Civil Veterinary Dept. North-West Frontier Province 1923-32 - 1923-1932
Year: 1923
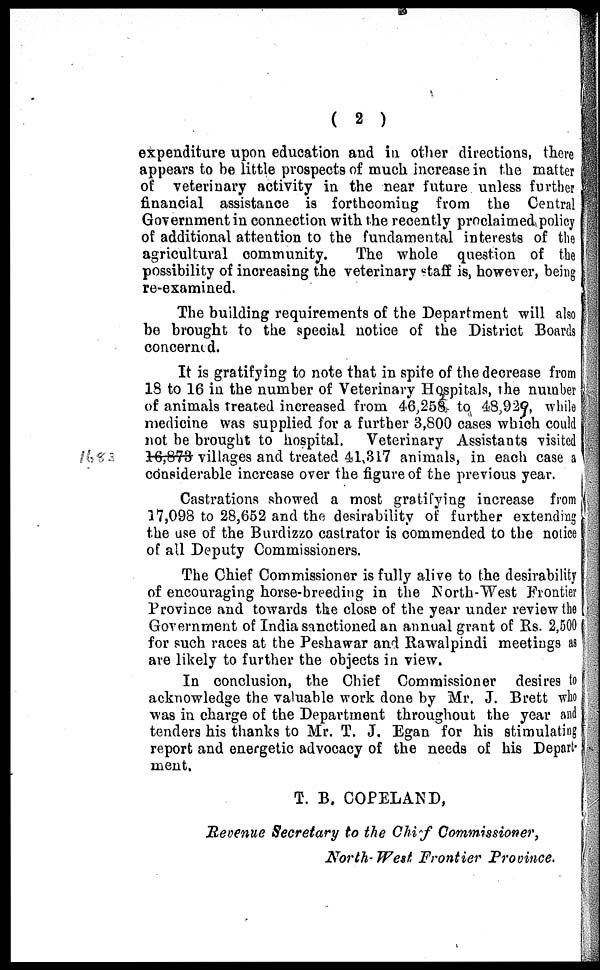
( 2 )
expenditure upon education and in other directions, there
appears to be little prospects of much increase in the matter
of veterinary activity in the near future unless further
financial assistance is forthcoming from the Central
Government in connection with the recently proclaimed policy
of additional attention to the fundamental interests of the
agricultural community.
The whole question of the
possibility of increasing the veterinary staff is, however, being
re-examined.
The building requirements of the Department will also
be brought to the special notice of the District Boards
concerned.
It is gratifying to note that in spite of the decrease from
18 to 16 in the number of Veterinary Hospitals, the number
of animals treated increased from 46,258 to 48,929, while
medicine was supplied for a further 3,800 cases which could
not be brought to hospital. Veterinary Assistants visited
16,873 villages and treated 41,317 animals, in each case a
considerable increase over the figure of the previous year.
Castrations showed a most gratifying increase from
17,098 to 28,652 and the desirability of further extending
the use of the Burdizzo castrator is commended to the notice
of all Deputy Commissioners.
The Chief Commissioner is fully alive to the desirability
of encouraging horse-breeding in the North-West Frontier
Province and towards the close of the year under review the
Government of India sanctioned an annual grant of Rs. 2,500
for such races at the Peshawar and Rawalpindi meetings as
are likely to further the objects in view.
In conclusion, the Chief Commissioner desires to
acknowledge the valuable work done by Mr. J. Brett who
was in charge of the Department throughout the year and
tenders his thanks to Mr. T. J. Egan for his stimulating
report and energetic advocacy of the needs of his Depart-
ment.
T. B. COPELAND,
Revenue Secretary to the Chief Commissioner,
North-West Frontier Province.